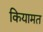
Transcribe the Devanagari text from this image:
कियामत